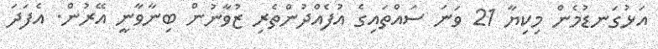
އަޅުގަނޑުމެން މިކިޔާ 21 ވަނަ ސައްތައިގެ އުފެއްދުންތެރި ޒުވާނުން ބިނާވާނީ އޭރުން. އެފަދަ